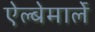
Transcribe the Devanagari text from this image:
ऐल्बेमार्ले